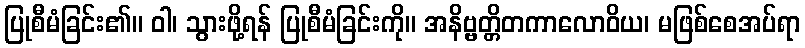
ပြုစီမံခြင်း၏။ ဝါ၊ သွားဖို့ရန် ပြုစီမံခြင်းကို။ အနိဗ္ဗတ္တိတကာလောဝိယ၊ မဖြစ်စေအပ်ရာ